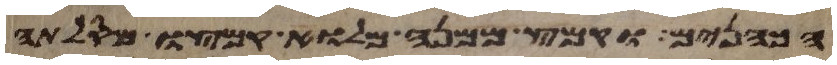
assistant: הכהנים וקמץ ממנה מלוא קמצו מסלתה